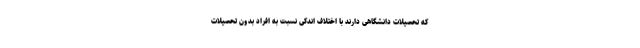
که تحصیلات دانشگاهی دارند با اختلاف اندکی نسبت به افراد بدون تحصیلات